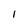
Character: 1